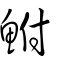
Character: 鮒